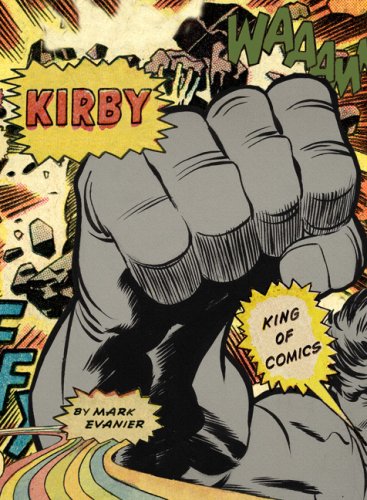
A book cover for Kirby: King of Comics; Mark Evanier; Comics & Graphic Novels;